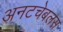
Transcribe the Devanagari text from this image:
अनटचेबलस